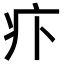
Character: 𤴩